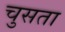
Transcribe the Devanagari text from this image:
चुसता